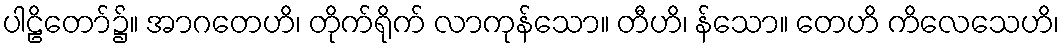
ပါဠိတော်၌။ အာဂတေဟိ၊ တိုက်ရိုက် လာကုန်သော။ တီဟိ၊ န်သော။ တေဟိ ကိလေသေဟိ၊